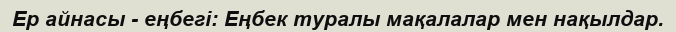
Ер айнасы - еңбегі: Еңбек туралы мақалалар мен нақылдар.